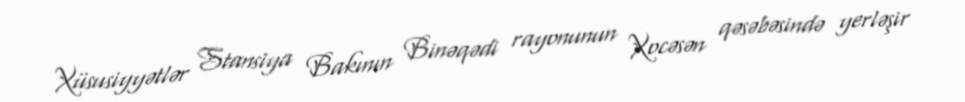
Xüsusiyyətlər Stansiya Bakının Binəqədi rayonunun Xocəsən qəsəbəsində yerləşir